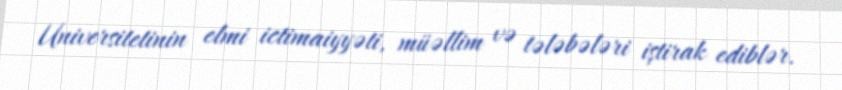
Universitetinin elmi ictimaiyyəti, müəllim və tələbələri iştirak ediblər.